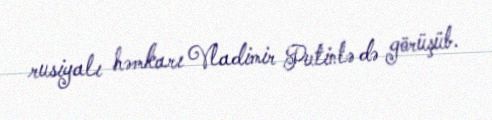
rusiyalı həmkarı Vladimir Putinlə də görüşüb.